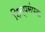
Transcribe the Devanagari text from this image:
शिल्पसंपदा